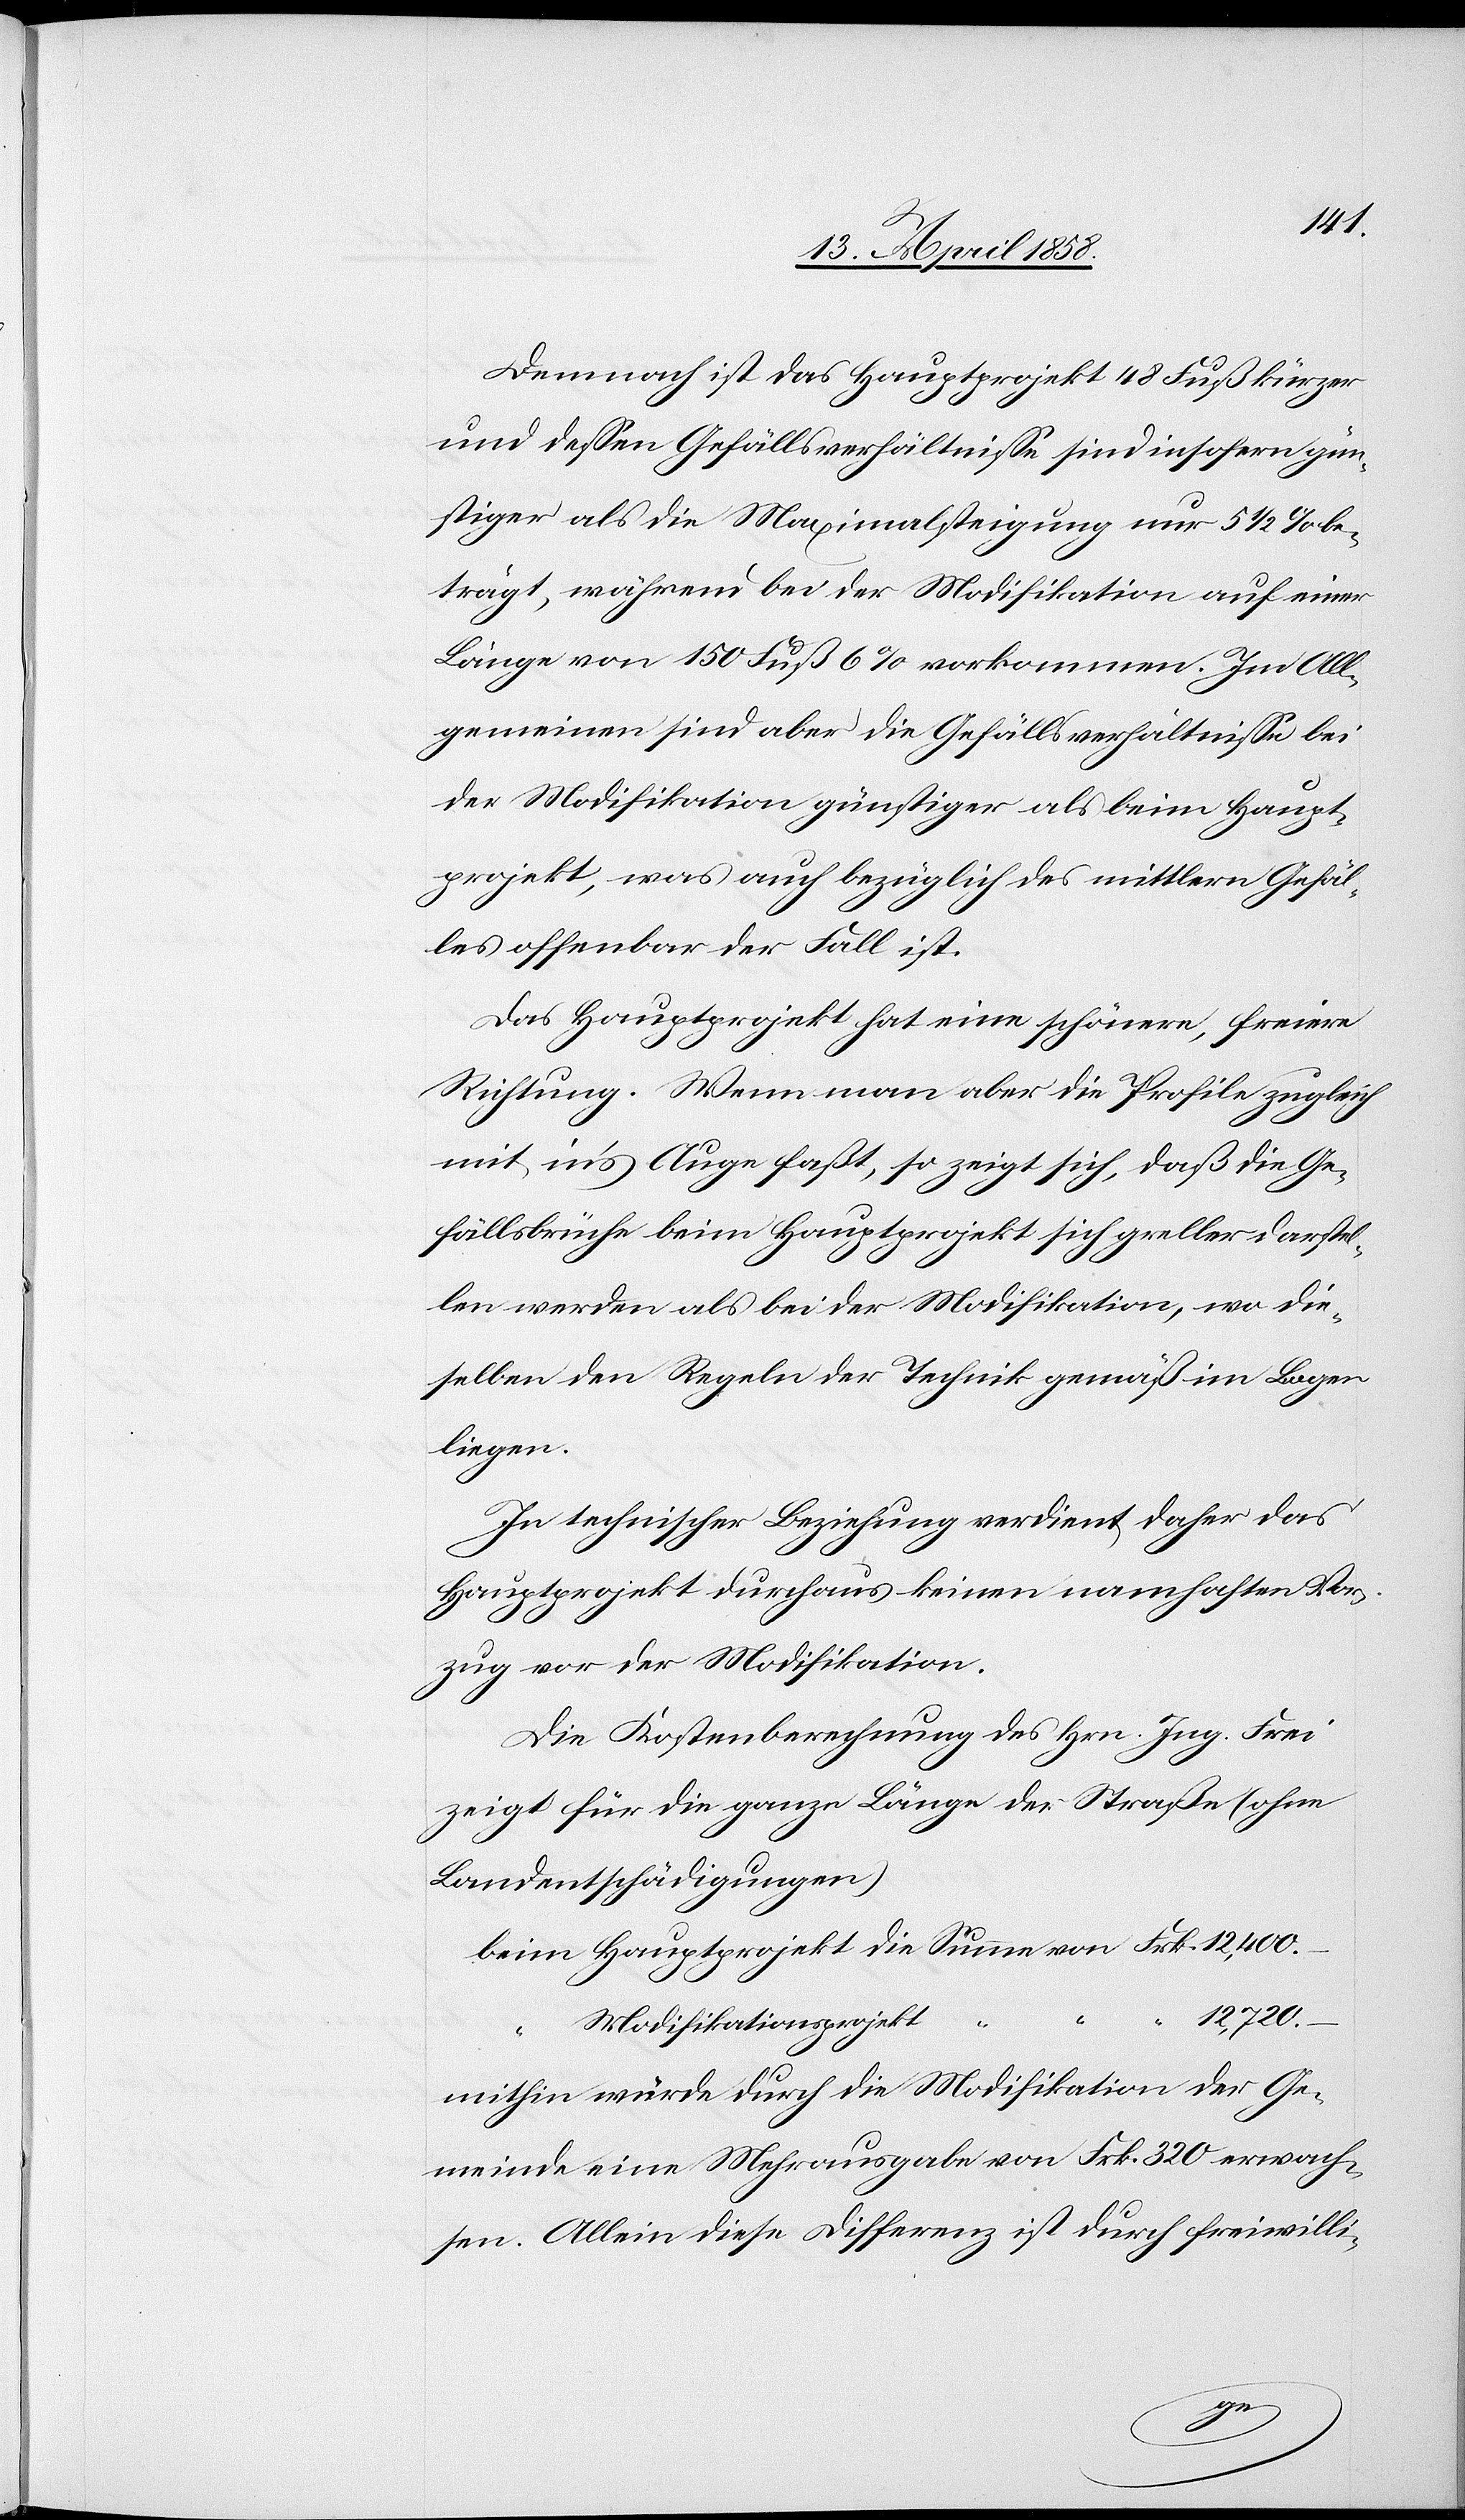
Demnach ist das Hauptprojekt 48 Fuß kürzer
und dessen Gefällsverhältnisse sind insofern gün¬
stiger als die Maximalsteigung nur 5 1/2% be¬
trägt, während bei der Modifikation auf einer
Länge von 150 Fuß 6% vorkommen. Im All¬
gemeinen sind aber die Gefällsverhältnisse bei
der Modifikation günstiger als beim Haupt¬
projekt, was auch bezüglich des mittlern Gefäl¬
les offenbar der Fall ist.
Das Hauptgericht hat eine schönere, freiere
Richtung. Wenn man aber die Profile zugleich
mit in’s Auge faßt, so zeigt sich, daß die Ge¬
fällsbrüche beim Hauptprojekt sich greller darstel¬
len werden als bei der Modifikation, wo die¬
selben den Regeln der Technik gemäß im Bogen
liegen.
In technischer Beziehung verdient daher das
Hauptprojekt durchaus keinen namhaften Vor¬
zug vor der Modifikation.
Die Kostenberechnung des Hrn. Ing. Frei
zeigt für die ganze Länge der Straße (ohne
Landentschädigungen)
12720.
Frk.
Modifikationsprojekt
–
mithin würde durch die Modifikation der Ge¬
meinde eine Mehrausgabe von Frk. 320 erwach¬
sen. Allein diese Differenz ist durch freiwilli-